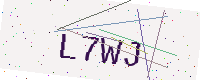
Text: L7WJ